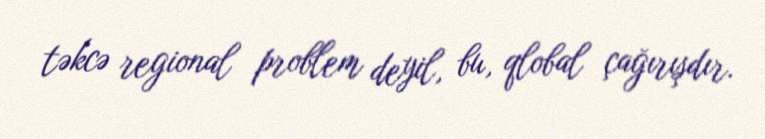
təkcə regional problem deyil, bu, qlobal çağırışdır.